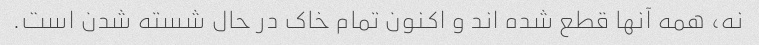
نه، همه آنها قطع شده اند و اکنون تمام خاک در حال شسته شدن است.